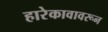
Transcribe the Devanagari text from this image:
हारेकावावरून